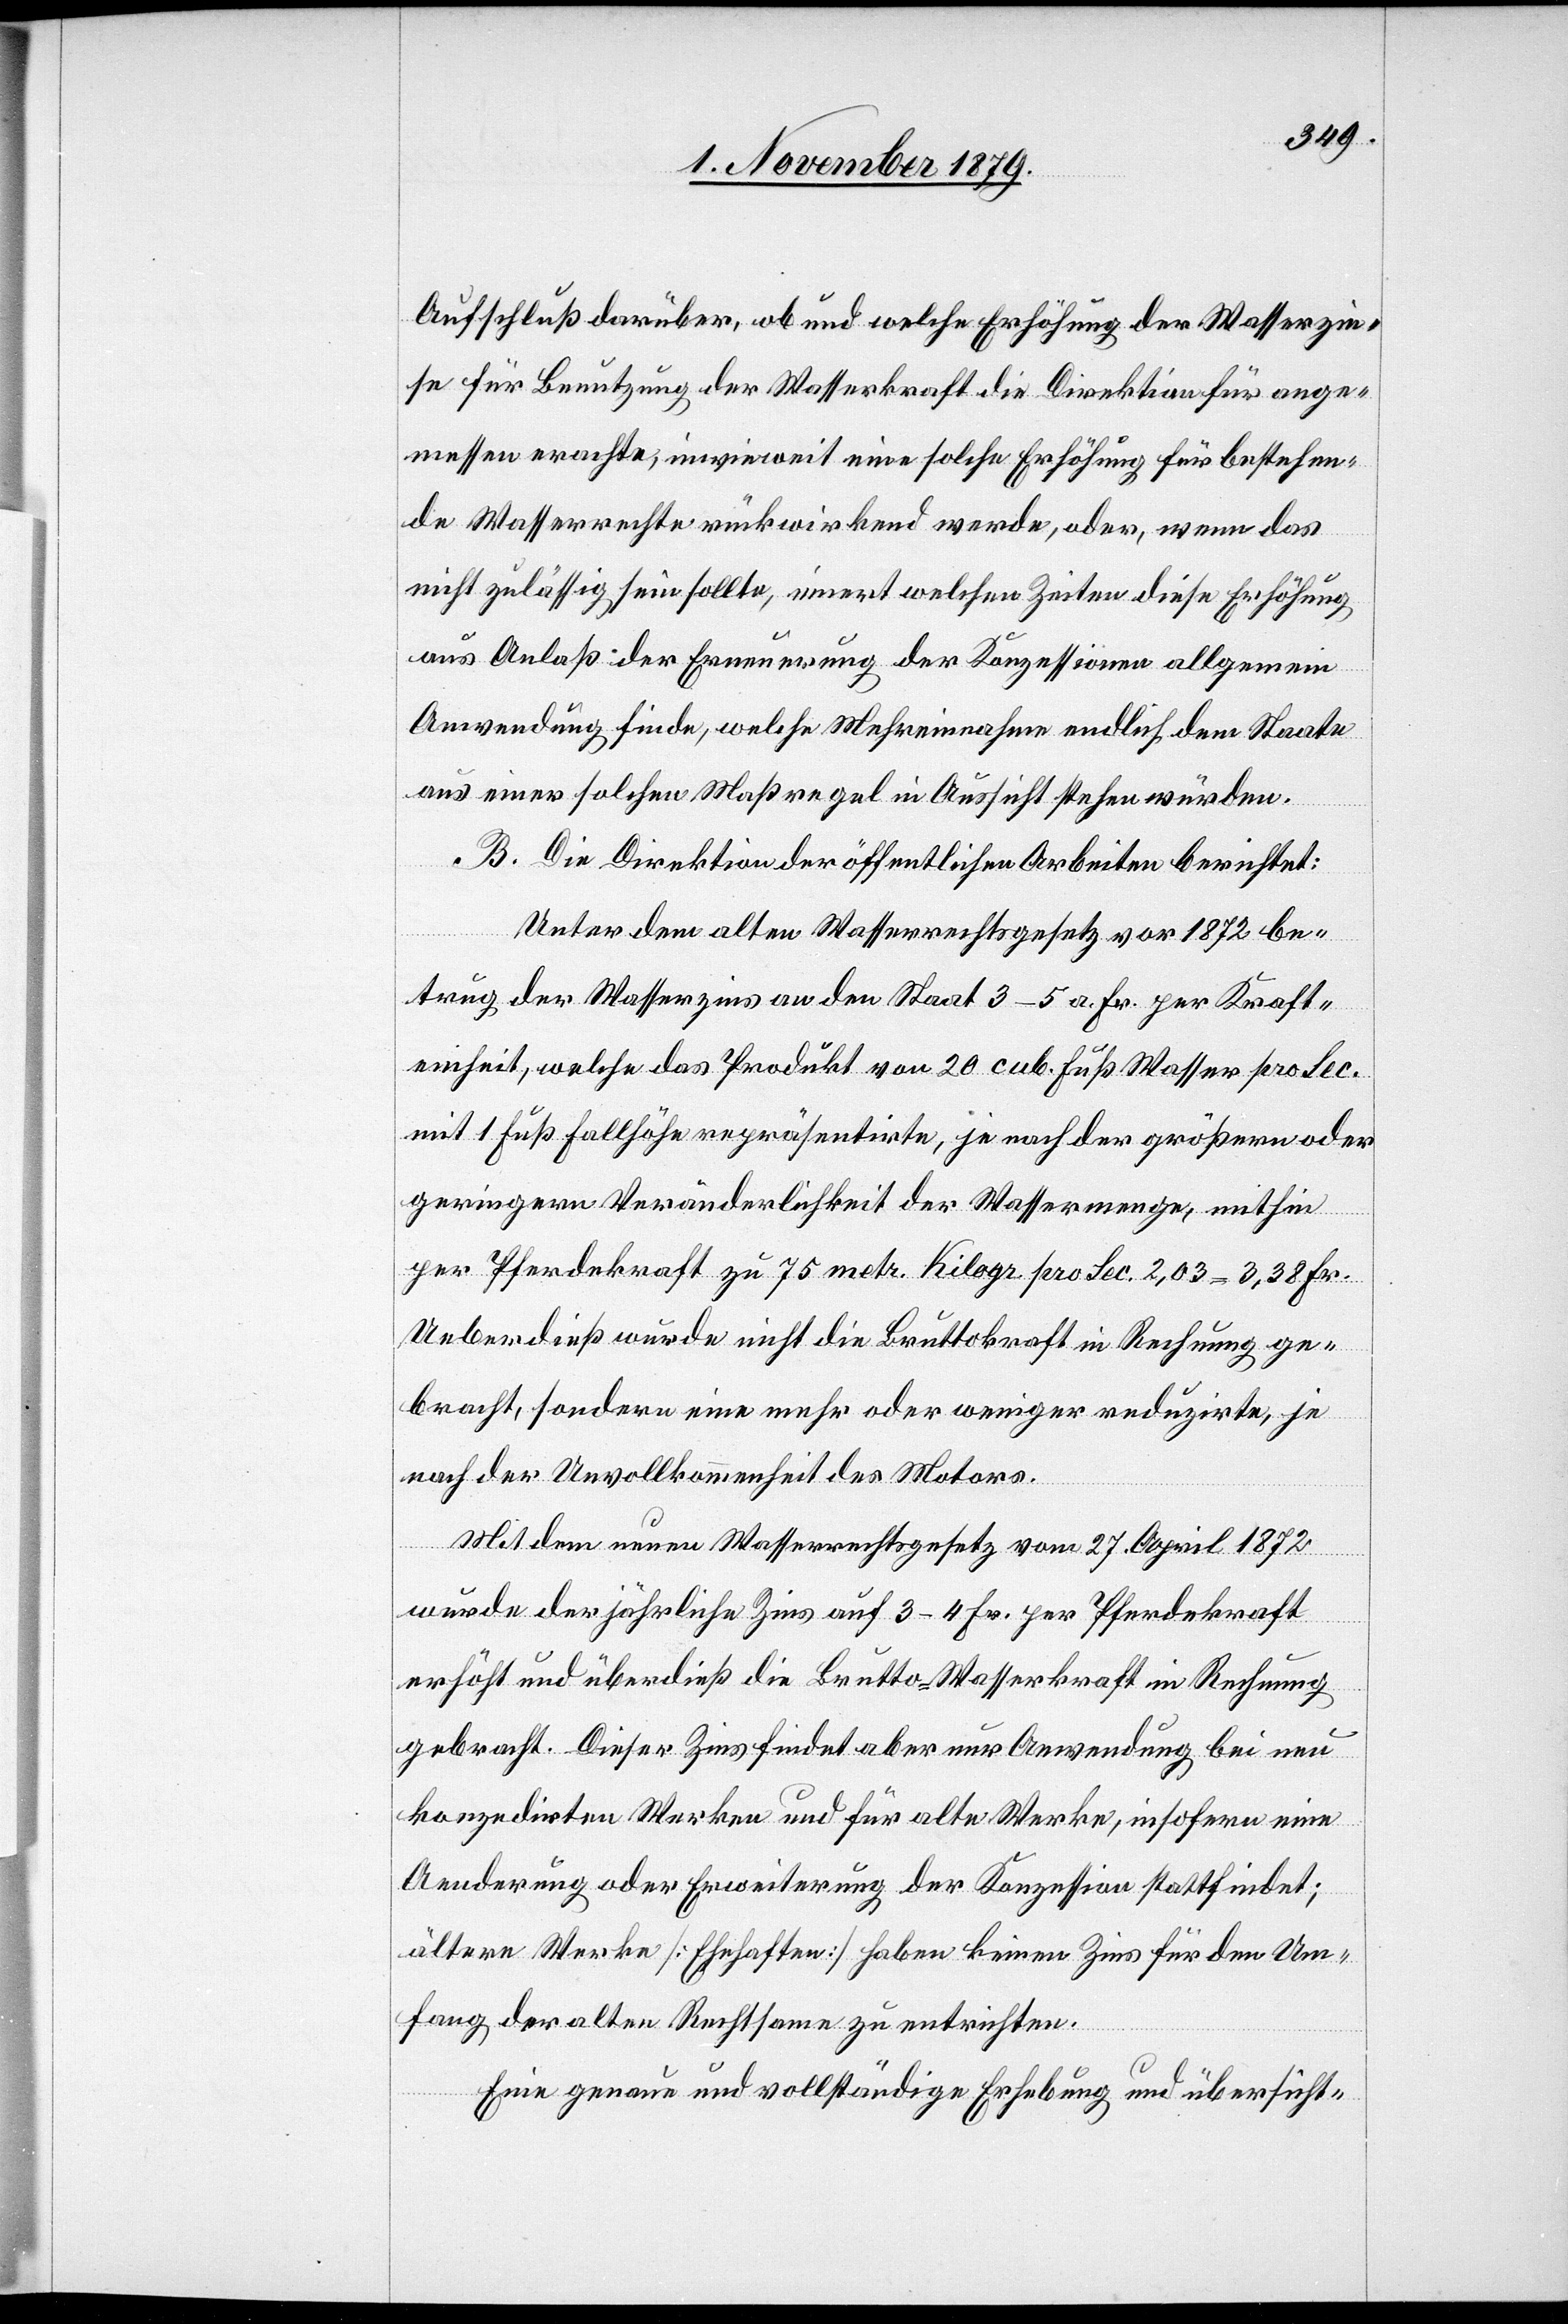
Aufschluß darüber, ob und welche Erhöhung der Wasserzin¬
se für Benutzung der Wasserkraft die Direktion für ange¬
messen erachte, inwieweit eine solche Erhöhung für bestehen¬
de Wasserrechte rückwirkend werde, oder wenn das
nicht zulässig sein sollte, innert welchen Zeiten diese Erhöhung
aus Anlaß der Erneuerung der Konzessionen allgemein
Anwendung finde, welche Mehreinnahme endlich dem Staate
aus einer solchen Maßregel in Aussicht stehen würde.
B. Die Direktion der öffentlichen Arbeiten berichtet:
Unter dem alten Wasserrechtsgesetz von 1872 be¬
trug der Wasserzins an den Staat 3–5 a. Fr. per Kraft¬
einheit, welche das Produkt von 20 cub. Fuß Wasser pro Sec.
mit 1 Fuß Fallhöhe repräsentirte, je nach der größern oder
geringern Veränderlichkeit der Wassermenge, mithin
per Pferdekraft zu 75 metr. Kilogr. pro Sec 2,03 = 3,38 Fr.
Ueberdieß wurde nicht die Bruttokraft in Rechnung ge¬
bracht, sondern eine mehr oder weniger reduzirte, je
nach der Unvollkommenheit des Motors.
Mit dem neuen Wasserrechtsgesetz vom 27. April 1872
wurde der jährliche Zins auf 3–4 Fr. per Pferdekraft
erhöht und überdieß die Brutto-Wasserkraft in Rechnung
gebracht. Dieser Zins findet aber nur Anwendung bei neu
konzedirten Werken und für alte Werke, insofern eine
Aenderung oder Erweiterung der Konzession stattfindet;
ältere Werke [Ehehaften] haben keinen Zins für den Um¬
fang der alten Rechtsame zu entrichten.
Eine genaue und vollständige Erhebung und übersicht-